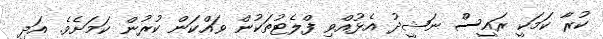
ކުރާ ކަމަކީ ރައީސް ނަޝީދު އެޅުއްވި ފްލެޓުތަކުން ވައްކަން ކުރުން ކަމަށެވެ. އަދި